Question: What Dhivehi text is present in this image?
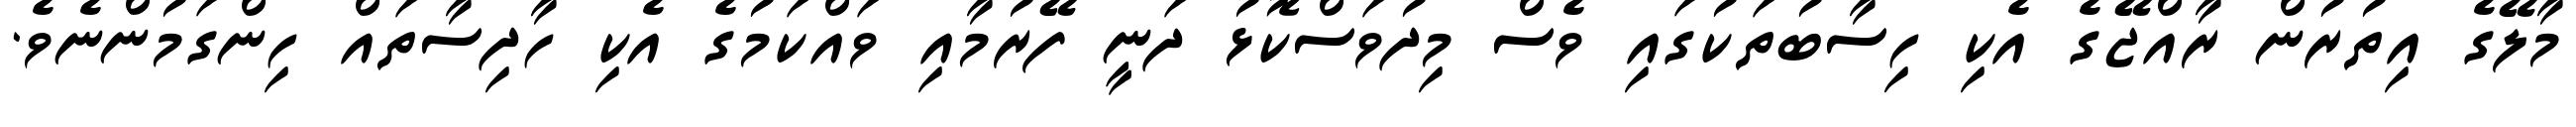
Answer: މާލޭގެ އިތުރުން ރާއްޖޭގެ އެކި ހިސާބުތަކުގައި ވެސް މިދުވަސްކޮޅު ދަނީ ފޭރުމާއި ވައްކަމުގެ އެކި ހާދިސާތައް ހިންގަމުންނެވެ.